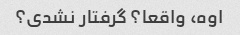
اوه، واقعا؟ گرفتار نشدی؟